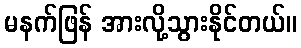
မနက်ဖြန် အားလို့သွားနိုင်တယ်။